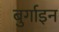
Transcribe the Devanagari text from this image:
बुर्गाइन